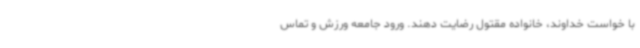
با خواست خداوند، خانواده مقتول رضایت دهند. ورود جامعه ورزش و تماس